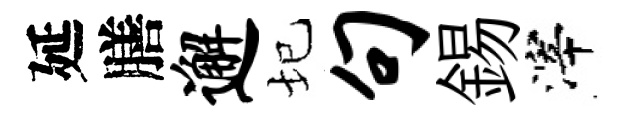
延膳邂圮句錫滓